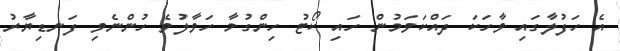
އެ ހަފުލާގައި ވާހަކަ ދައްކަވަމުން ހައި ކޯޓު ހިންގުމާ ހަވާލުވެ ހުންނެވި ފަނޑިޔާރު